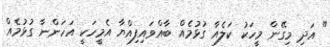
" އަދި މިގޭން މީހަކު ކަލެއާ ގުޅުމެއް ބާއްވައިފިއްޔާ އެމީހަކީ އަހަންނާ ގުޅުމެއް